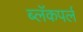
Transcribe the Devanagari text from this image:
ब्लॅकपर्ल